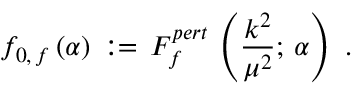
f _ { 0 , \, f } \, ( \alpha ) \, : = \, F _ { f } ^ { p e r t } \, \left( \frac { k ^ { 2 } } { \mu ^ { 2 } } ; \, \alpha \right) \, \, .